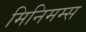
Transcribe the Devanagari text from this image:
मिनिमम्स